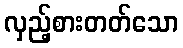
လှည့်စားတတ်သော